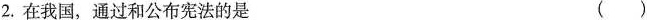
2.在我国，通过和公布宪法的是 ()